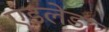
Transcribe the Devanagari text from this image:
एडलेड